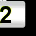
Digit: 2